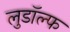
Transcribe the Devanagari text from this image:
लुडॉल्फ